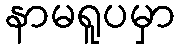
နာမရူပမှာ